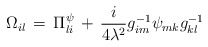
\begin{align*}\Omega_{il}\,=\,\Pi^{\psi}_{li}\,+\,\frac{i}{4\lambda^{2}}g^{-1}_{im}\psi_{mk}g^{-1}_{kl}\end{align*}